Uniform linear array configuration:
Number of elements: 12
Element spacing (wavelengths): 0.5
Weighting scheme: exponential
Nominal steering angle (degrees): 0
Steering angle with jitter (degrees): -0.5483
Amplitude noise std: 0.05
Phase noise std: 0.05

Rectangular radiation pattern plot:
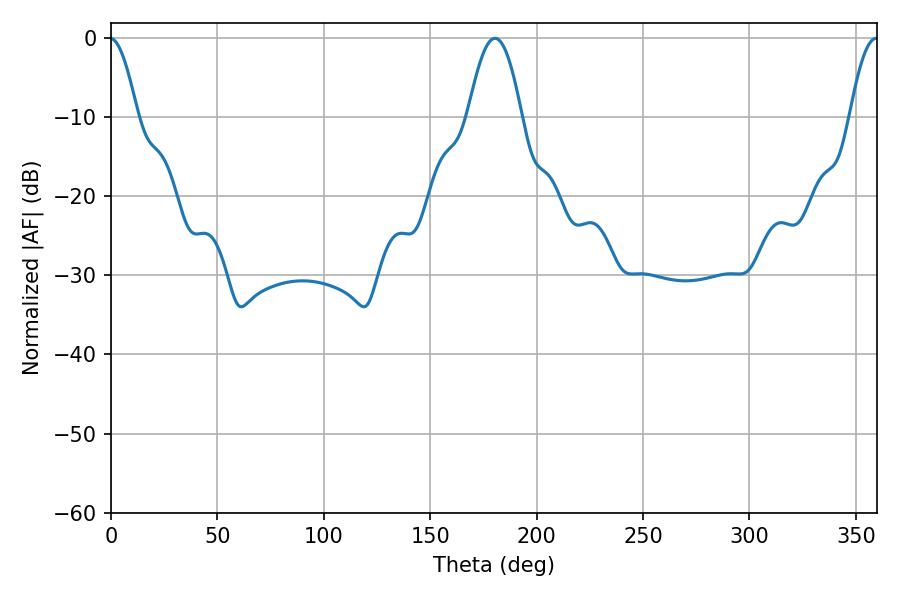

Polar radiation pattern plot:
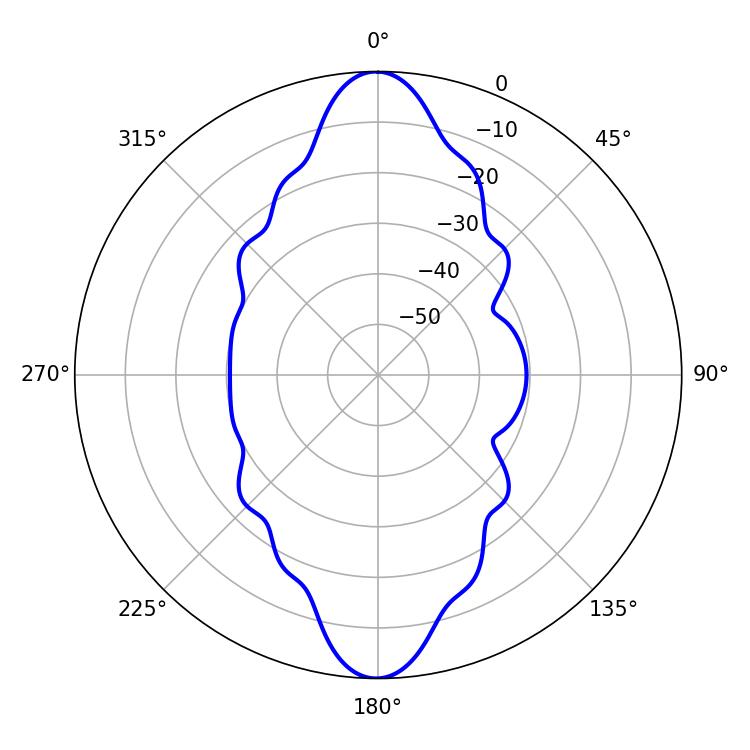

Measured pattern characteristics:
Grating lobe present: FALSE
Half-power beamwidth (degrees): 13.68
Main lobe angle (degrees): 180.36